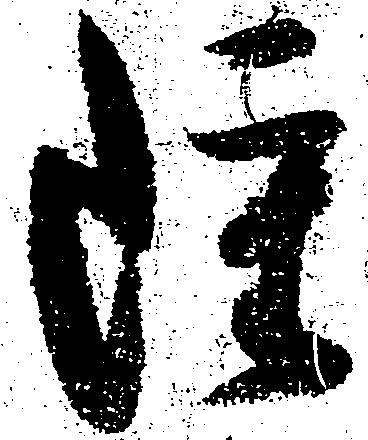
雖